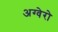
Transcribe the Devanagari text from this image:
अग्वेरो